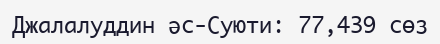
Джалалуддин әс-Суюти: 77,439 сөз